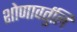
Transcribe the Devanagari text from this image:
शोणावर्तुलि